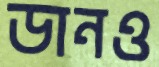
ডানও